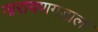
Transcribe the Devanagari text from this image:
नारायणगडाला